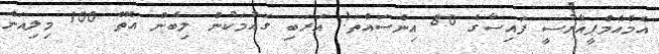
އެމްއެމްޕީއާރުސީ ފައިސާގެ 80 އިންސައްތަ! އަރަބި ގައުމަކުން ލިބެން އޮތް 100 މިލިއަން